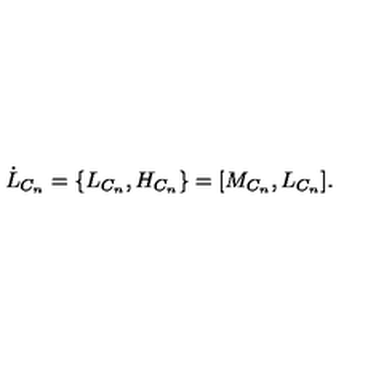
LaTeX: \dot { L } _ { C _ { n } } = \{ L _ { C _ { n } } , H _ { C _ { n } } \} = \lbrack M _ { C _ { n } } , L _ { C _ { n } } \rbrack .